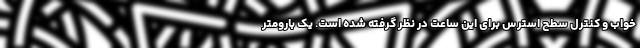
خواب و کنترل سطح استرس برای این ساعت در نظر گرفته شده است. یک بارومتر